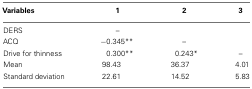
<table><thead><tr><td><b>Variables</b></td><td><b>1</b></td><td><b>2</b></td><td><b>3</b></td></tr></thead><tbody><tr><td>DERS</td><td>–</td><td></td><td></td></tr><tr><td>ACQ</td><td>−0.345**</td><td>–</td><td></td></tr><tr><td>Drive for thinness</td><td>0.300**</td><td>0.243*</td><td>–</td></tr><tr><td>Mean</td><td>98.43</td><td>36.37</td><td>4.01</td></tr><tr><td>Standard deviation</td><td>22.61</td><td>14.52</td><td>5.83</td></tr></tbody></table>